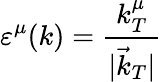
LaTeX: \varepsilon^{\mu}(k)=\frac{k_{T}^{\mu}}{|\vec{k}_{T}|}